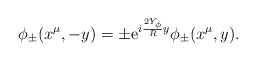
\begin{align*}\phi_{\pm}(x^\mu, -y) = \pm {\rm e}^{i \frac{2 Y_{\phi}}{R} y} \phi_{\pm} (x^\mu, y).\end{align*}